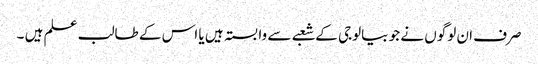
صرف ان لوگوں نے جو بیالوجی کے شعبے سے وابستہ ہیں یا اس کے طالب علم ہیں ۔